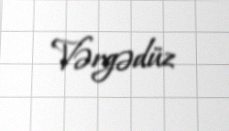
Vərgədüz